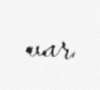
var.